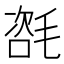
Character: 𣯃